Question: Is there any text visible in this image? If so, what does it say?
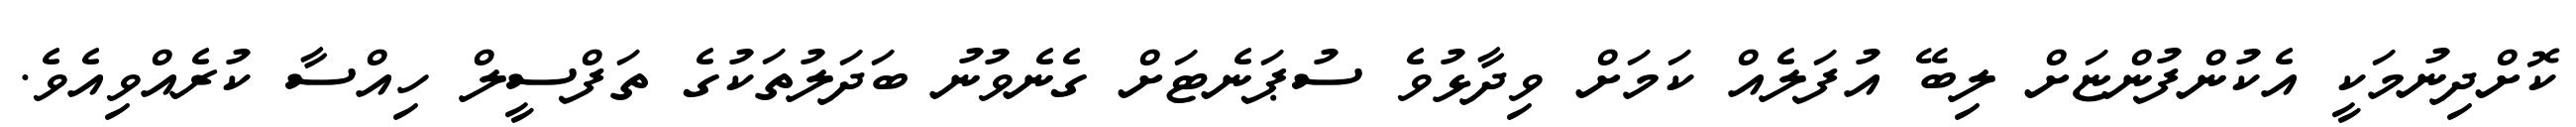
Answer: ކޮށްދިނުމަކީ އެކުންފުންޏަށް ލިބޭ އުފަލެއް ކަމަށް ވިދާޅުވެ ސުޕަނެޓަށް ގެނެވުނު ބަދަލުތަކުގެ ތަފްސީލް ހިއްސާ ކުރެއްވިއެވެ.